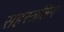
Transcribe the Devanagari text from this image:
सहस्त्रलिंग